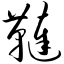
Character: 鞑